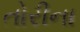
તોરીના